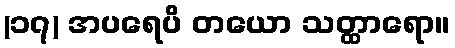
(၁၇) အပရေပိ တယော သတ္ထာရော။